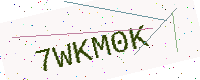
Text: 7WKM0K